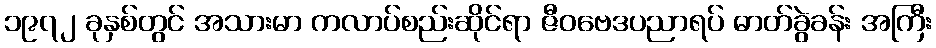
၁၉၇၂ ခုနှစ်တွင် အသားမာ ကလာပ်စည်းဆိုင်ရာ ဇီဝဗေဒပညာရပ် ဓာတ်ခွဲခန်း အကြီး